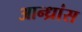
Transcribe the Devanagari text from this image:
आन्ध्रांस